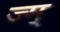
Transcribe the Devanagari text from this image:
ज्म्